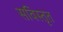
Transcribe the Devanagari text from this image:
सविस्तृत